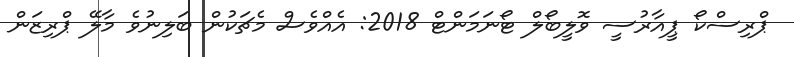
ޕްރިސްކޯ ޕީއާރުސީ ވޮލީބޯލް ޓޯނަމަންޓް 2018: އެއްވެސް މެޗަކުން ބަލިނުވެ މާލޭ ޕްރިޒަން